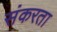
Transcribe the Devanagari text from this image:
संकरता